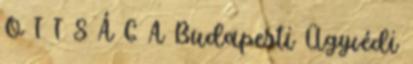
O T T S Á G A Budapesti Ügyvédi